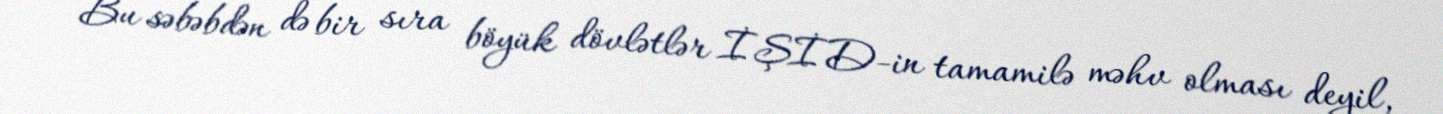
Bu səbəbdən də bir sıra böyük dövlətlər İŞİD-in tamamilə məhv olması deyil,